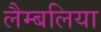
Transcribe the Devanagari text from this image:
लैम्बलिया